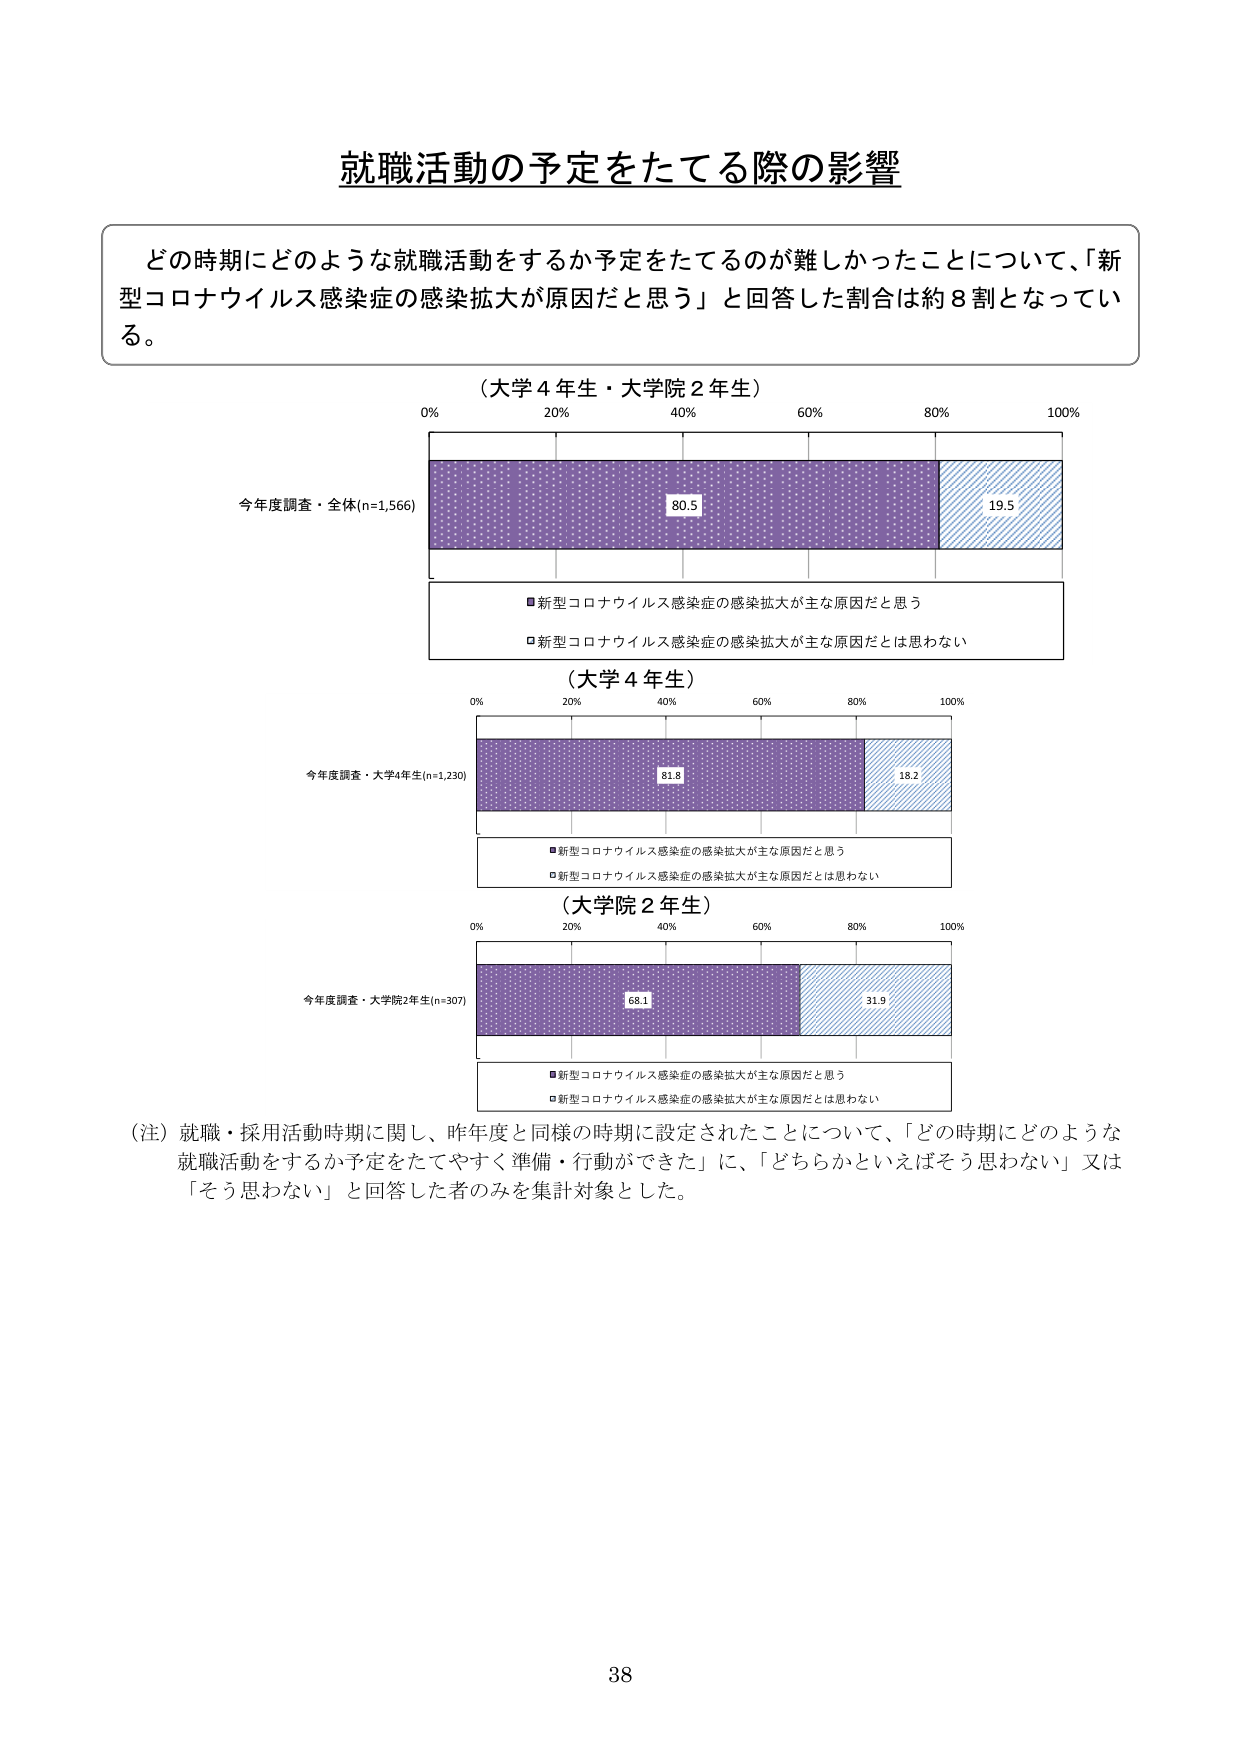
就職活動の予定をたてる際の影響

どの時期にどのような就職活動をするか予定をたてるのが難しかったことについて、「新型コロナウイルス感染症の感染拡大が原因だと思う」と回答した割合は約８割となっている。

（大学４年生・大学院２年生）
0% 20% 40% 60% 80% 100%
今年度調査・全体(n=1,566)
80.5 19.5
■新型コロナウイルス感染症の感染拡大が主な原因だと思う
□新型コロナウイルス感染症の感染拡大が主な原因だとは思わない

（大学４年生）
0% 20% 40% 60% 80% 100%
今年度調査・大学4年生(n=1,230)
81.8 18.2
■新型コロナウイルス感染症の感染拡大が主な原因だと思う
□新型コロナウイルス感染症の感染拡大が主な原因だとは思わない

（大学院２年生）
0% 20% 40% 60% 80% 100%
今年度調査・大学院2年生(n=307)
68.1 31.9
■新型コロナウイルス感染症の感染拡大が主な原因だと思う
□新型コロナウイルス感染症の感染拡大が主な原因だとは思わない

（注）就職・採用活動時期に関し、昨年度と同様の時期に設定されたことについて、「どの時期にどのような就職活動をするか予定をたてやすく準備・行動ができた」に、「どちらかといえばそう思わない」又は「そう思わない」と回答した者のみを集計対象とした。

38